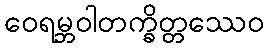
ဝေရမ္ဘဝါတက္ခိတ္တဿေဝ